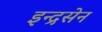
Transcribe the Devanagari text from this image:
इन्द्रसेन